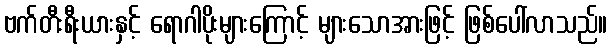
ဗက်တီးရီးယားနှင့် ရောဂါပိုးများကြောင့် များသောအားဖြင့် ဖြစ်ပေါ်လာသည်။